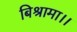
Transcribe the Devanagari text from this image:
बिश्रामा।।